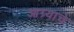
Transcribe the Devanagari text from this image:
आग्र्याचे